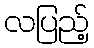
လပြည့်